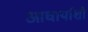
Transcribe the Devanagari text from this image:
आचार्याशी